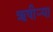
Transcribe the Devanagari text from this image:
ऋषीऱ्या